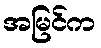
အမြင်က